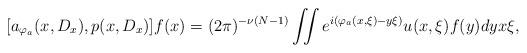
LaTeX: \begin{align*}[a_{\varphi_a}(x,D_x),p(x,D_x)]f(x)=(2\pi)^{-\nu(N-1)}\iint e^{i(\varphi_a(x,\xi)-y\xi)}u(x,\xi)f(y)dyx\xi,\end{align*}